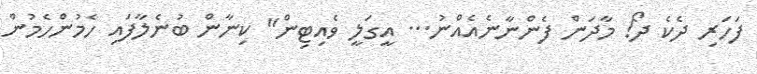
ފަހަރި ދެކެ ދޯ! މާދަން ފެންނާނެއެއްނު... އީގަލީ ވެއިޓިން" ކިނާން ބުނެލާފައި ހެމުންހެމުން